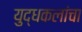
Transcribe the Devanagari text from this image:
युद्धकलांचा